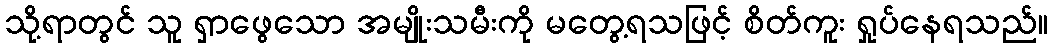
သို့ရာတွင် သူ ရှာဖွေသော အမျိုးသမီးကို မတွေ့ရသဖြင့် စိတ်ကူး ရှုပ်နေရသည်။